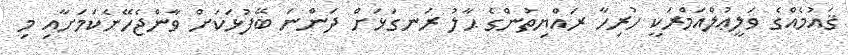
ޤައުމެއްގެ ވަލީޢުލްއަމްރަކީ ހުރިހާ ރައްޔިތުންގެ ޙާލު ރަނގަޅަށް ދަންނަ ބޭފުޅަކަށް ވާންޖެހޭނެކަމަށާއި މި